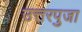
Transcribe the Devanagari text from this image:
उत्तरपुजा